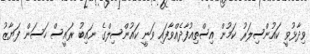
ވިދާޅުވީ ކައުންސިލަރު ކަމުން އިސްތިއުފާދެއްވާފައި ވަނީ ކައުންސިލްގެ ނައިބު ރައީސް ހަސަން ފަޔާޒު